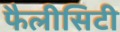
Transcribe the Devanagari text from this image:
फैलीसिटी